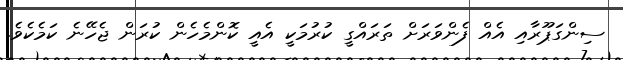
ސިންގަޕޫރާއި އެއް ފެންވަރަށް ތަރައްގީ ކުރުމަކީ އެއީ ކޮންމެހެން ކުރަން ޖެހޭނެ ކަމެކެވެ.